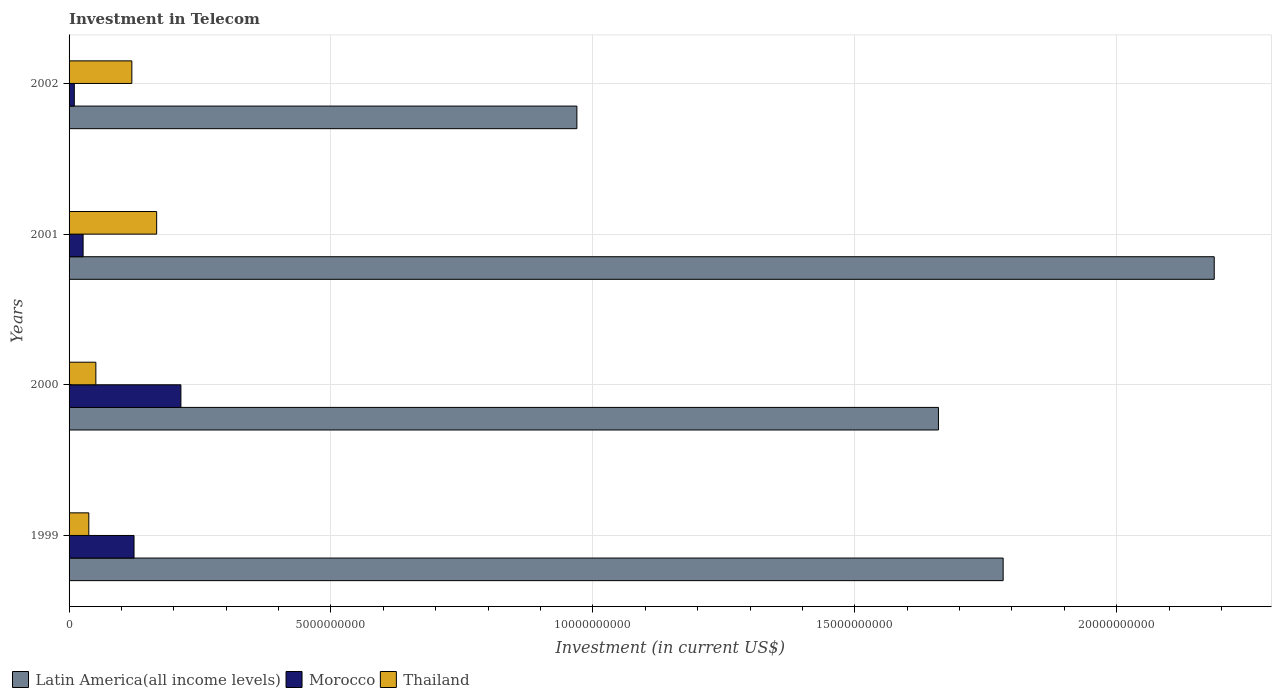
| Years | Latin America(all income levels) | Morocco | Thailand |
 | --- | --- | --- | --- |
 | 1999 | 1.78e+10 | 1.24e+09 | 3.77e+08 |
 | 2000 | 1.66e+10 | 2.14e+09 | 5.11e+08 |
 | 2001 | 2.19e+10 | 2.68e+08 | 1.67e+09 |
 | 2002 | 9.69e+09 | 1e+08 | 1.2e+09 |